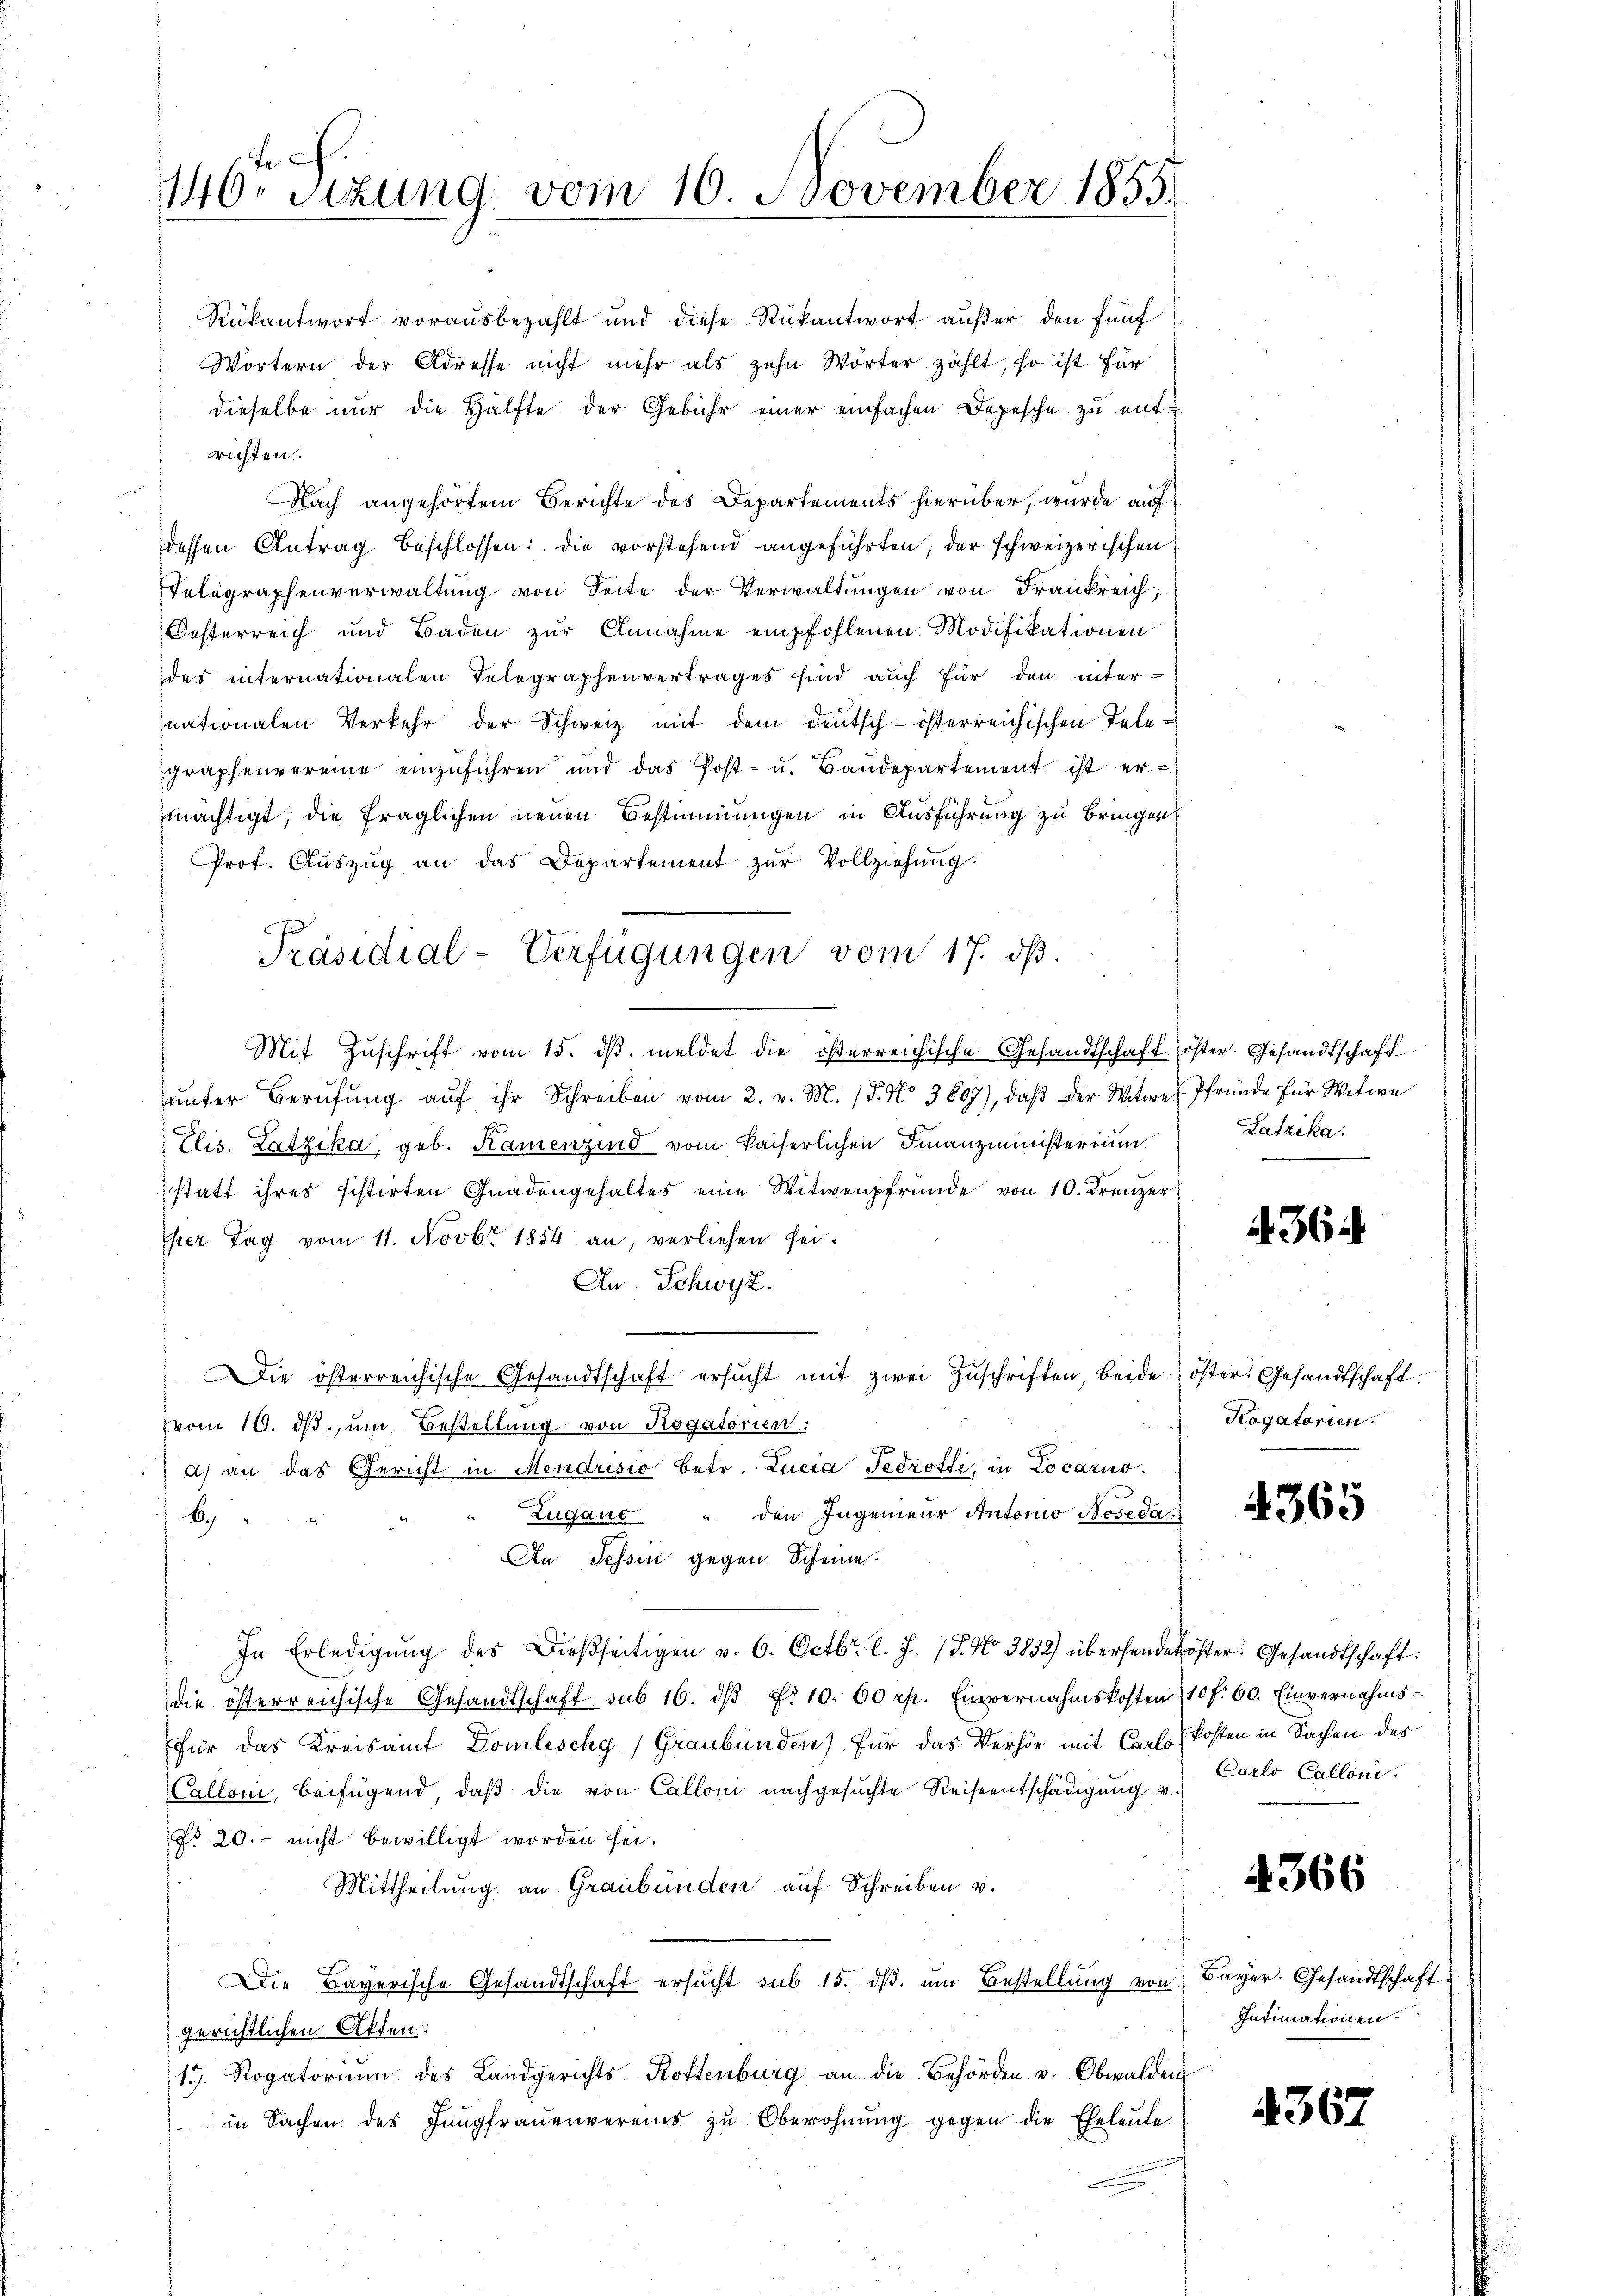
146. Sizung vom 16. November 1855.

Rükantwort vorausbezahlt und diese Rükantwort außer den fünf
Wörtern der Adresse nicht mehr als zehn Wörter zählt, so ist für
dieselbe nur die Hälfte der Gebühr einer einfachen Depesche zu ent-
richten.
Nach angehörtem Berichte des Departements hierüber, wurde auf
dessen Antrag beschlossen: die vorstehend angeführten, der schweizerischen
Telegraphenverwaltŭng von Seite der Verwaltŭngen von Frankreich;
Oesterreich und Baden zŭr Annahme empfohlenen Modifikationen
des internationalen Telegraphenvertrages sind auch für den inter-
nationalen Verkehr der Schweiz mit dem Deutsch-österreichischen Telegraphenvereine einzŭführen und das Post- u. Baŭdepartement ist er-
mächtigt, die fraglichen neuen Bestimmungen in Ausführung zu bringen
Prof. Auszug an das Departement zur Vollziehung.
Mit Zŭschrift vom 15. dβ. meldet die österreichische Gesandtschaft öster. Gesandtschaft
ŭnter Berŭfŭng aŭf ihr Schreiben vom 2. v. M. (§. No 3807), daβ der Witwe (Pfründe für Witwe
Elis. Latzika, geb. Kamenzind vom kaiserlichen Finanzministerium
statt ihres sistirten Gnadengehaltes eine Witwenpfründe von 10. Kränzer
Ihrer Tag vom 11. Novbr. 1854 an, verliehen sei.
An. Schwyz.
Die österreichische Gesandtschaft ersŭcht mit zwei Zŭschriften, beide öster. Gesandtschaft.
vom 10. ds. um Bestellung von Rogatorien:
a) an das Gericht in Mendrisio betr. Lucia Fedrotti, in Locarno.
Zugano " den Ingenieŭr Antonio Noseda
6.)
An Tessin gegen Scheine.
In Erledigŭng des dießseitigen v. 6. Octbr. l. J. J. No 3832) übersendetöster. Gesandtschaft:
die österreichische Gesandtschaft sub 16. dβ d. 10. 60 rp. Einvernahmskosten 10 f. 60. Einvernahmsfür das Kreisamt Domlischg) Graubünden) für das Verhör mit Carl Kosten in Sachen des
Calloni, beifügend, daβ die von Calloni nachgesuchte Reiseentschädigung v.
No 20. nicht bewilligt worden sei.
Mittheilung an Graubünden auf Schreiben v.
Die Baverische Gesandtschaft ersucht sub 15. dß. um Bestellung von
gerichtlichen Akten:
17. Rogatoriŭm des Landgerichts Rottenburg an die Behörden u. Obwalden
in Sachen des Jungfraŭenvereins zŭ Oberohnŭng gegen die Eheleute

Präsidial-Verfügungen vom 17. ds.

Latzika.

436

Kogatorien.

4365

Carlo Calloni.

4366

Bayer. Gesandtschaft
Intimationen.

4367